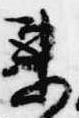
未